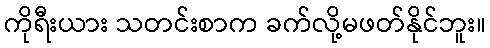
ကိုရီးယား သတင်းစာက ခက်လို့မဖတ်နိုင်ဘူး။